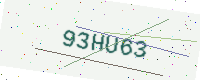
Text: 93HU63